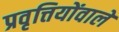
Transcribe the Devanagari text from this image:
प्रवृत्तियोंवाले